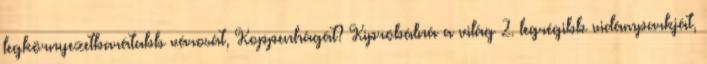
legkörnyezetbarátabb városát, Koppenhágát? Kipróbálná a világ 2. legrégibb vidámparkját,